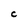
Character: C